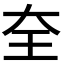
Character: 𡘇